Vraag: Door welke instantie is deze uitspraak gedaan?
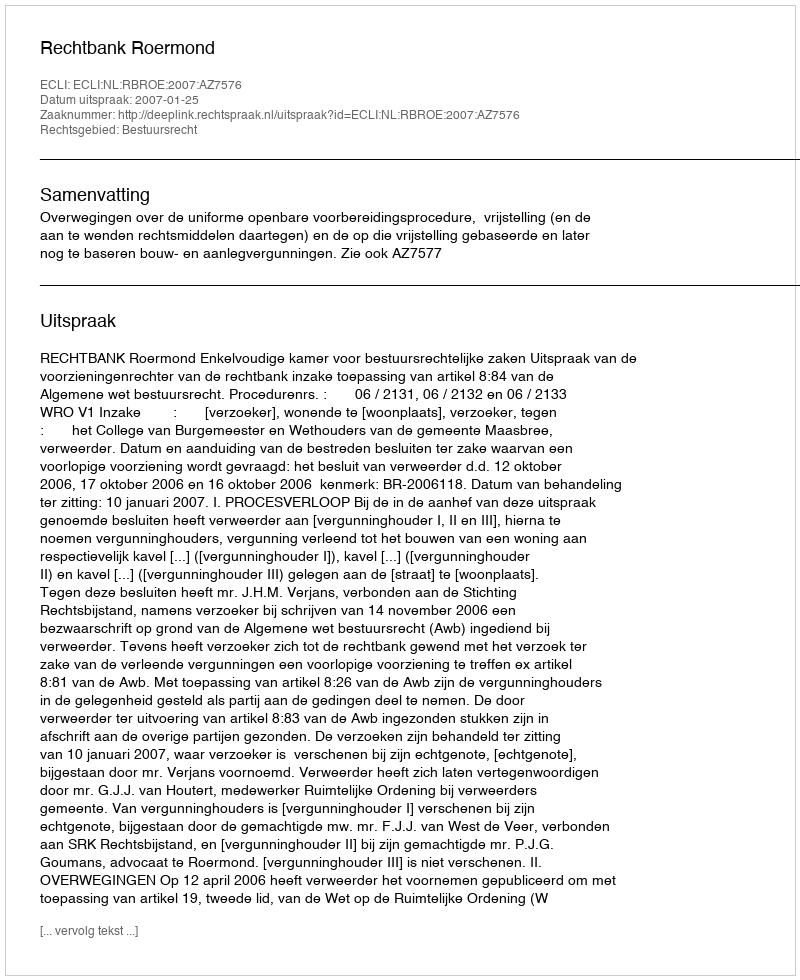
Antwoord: Rechtbank Roermond